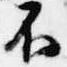
不